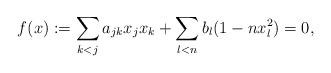
LaTeX: \begin{align*}f(x) := \sum_{k < j} a_{jk} x_j x_k + \sum _{l<n} b_l (1 - n x_l^2)=0,\end{align*}